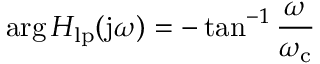
\arg H _ { \mathrm { l p } } ( \mathrm { j } \omega ) = - \tan ^ { - 1 } { \frac { \omega } { \omega _ { \mathrm { c } } } }